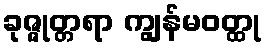
ခုဇ္ဇုတ္တရာ ကျွန်မဝတ္ထု